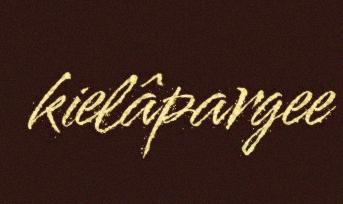
kielâpargee